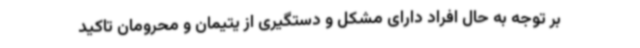
بر توجه به حال افراد دارای مشکل و دستگیری از یتیمان و محرومان تاکید